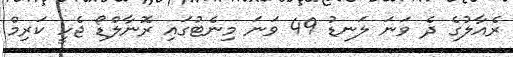
ރެއާލުގެ ދެ ވަނަ ލަނޑު 49 ވަނަ މިނެޓުގައި ރޮނާލްޑޯ ޖެހީ ކަރިމް